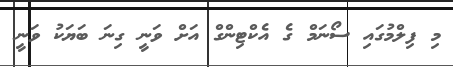
މި ފިލްމުގައި ސޯނަމް ގެ އެކްޓިންގް އަށް ވަނީ ގިނަ ބަޔަކު ވަނީ